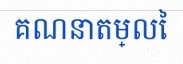
គណនាតម្លៃ